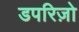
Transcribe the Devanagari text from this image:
डपरिज़ो